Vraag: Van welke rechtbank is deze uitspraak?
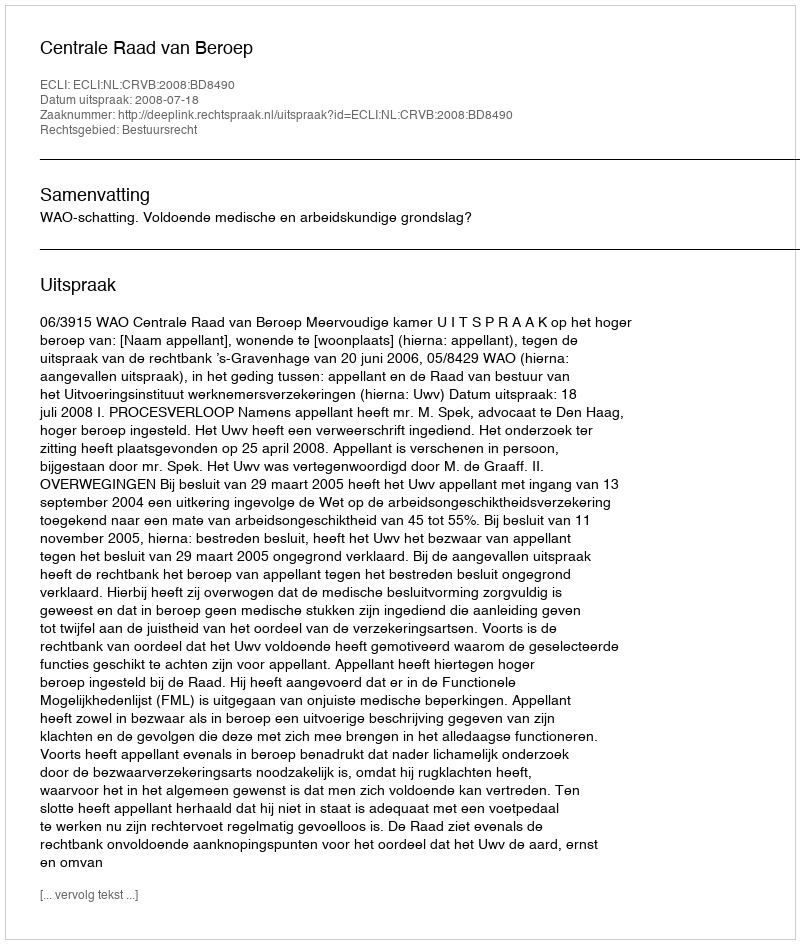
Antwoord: Centrale Raad van Beroep